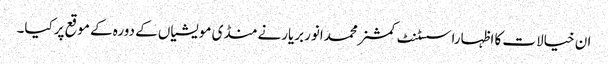
ان خیالات کا اظہاراسسٹنٹ کمشنرمحمدانوربریارنے منڈی مویشیاں کے دورہ کے موقع پرکیا۔